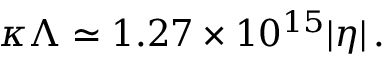
\kappa \Lambda \simeq 1 . 2 7 \times 1 0 ^ { 1 5 } | \eta | \, .